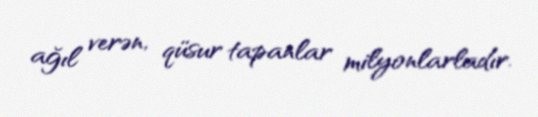
ağıl verən, qüsur tapanlar milyonlarladır.